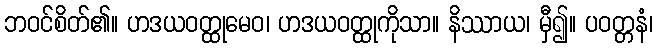
ဘဝင်စိတ်၏။ ဟဒယဝတ္ထုမေဝ၊ ဟဒယဝတ္ထုကိုသာ။ နိဿာယ၊ မှီ၍။ ပဝတ္တနံ၊